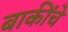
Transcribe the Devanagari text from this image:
बाकींचे